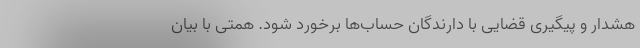
هشدار و پیگیری قضایی با دارندگان حساب‌ها برخورد شود. همتی با بیان